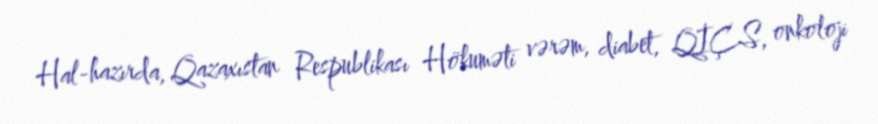
Hal-hazırda, Qazaxıstan Respublikası Hökuməti vərəm, diabet, QİÇS, onkoloji